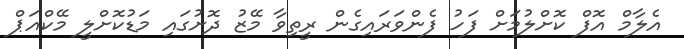
އެލާމް އޮފް ކޮށްލުމަށް ފަހު ފެންވަރައިގެން ރީތިވާ މޭޒު ދޮށުގައި މަޑުކޮށްލީ މޭކްއަޕް